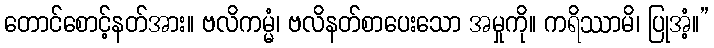
တောင်စောင့်နတ်အား။ ဗလိကမ္မံ၊ ဗလိနတ်စာပေးသော အမှုကို။ ကရိဿာမိ၊ ပြုအံ့။”